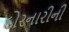
દોરનારીની